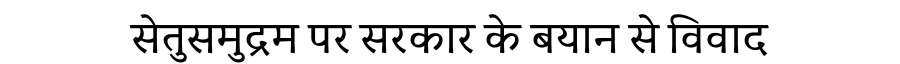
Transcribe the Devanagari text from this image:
सेतुसमुद्रम पर सरकार के बयान से विवाद